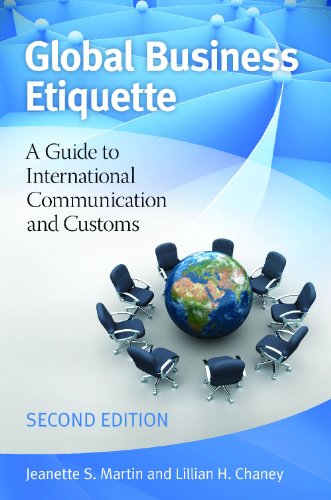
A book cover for Global Business Etiquette: A Guide to International Communication and Customs, 2nd Edition; Jeanette S. Martin; Business & Money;